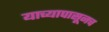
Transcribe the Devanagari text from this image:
याच्यापासूनच